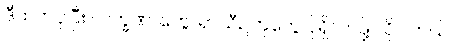
ဒီထက်ပိုပြီး လက္ခဏာတွေ၊ ရာသီဥတုတွေ ပိုရှိလာဖို့ လိုပါတယ်။